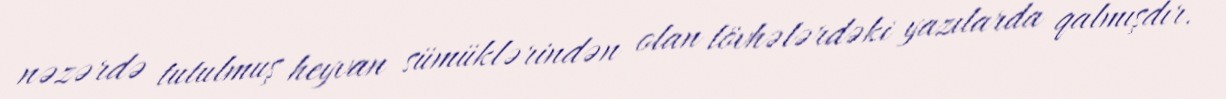
nəzərdə tutulmuş heyvan sümüklərindən olan lövhələrdəki yazılarda qalmışdır.